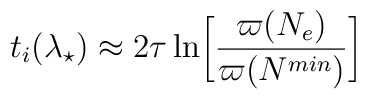
t_i(\lambda_{\star}) \approx2\tau\ln\biggr[\frac{\varpi(N_e)}{\varpi(N^{min})}\biggl]